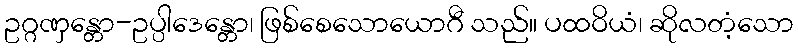
ဥဂ္ဂဏှန္တော-ဥပ္ပါဒေန္တော၊ ဖြစ်စေသောယောဂီ သည်။ ပထဝိယံ၊ ဆိုလတံ့သော